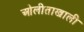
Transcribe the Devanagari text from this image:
ओलीताखाली